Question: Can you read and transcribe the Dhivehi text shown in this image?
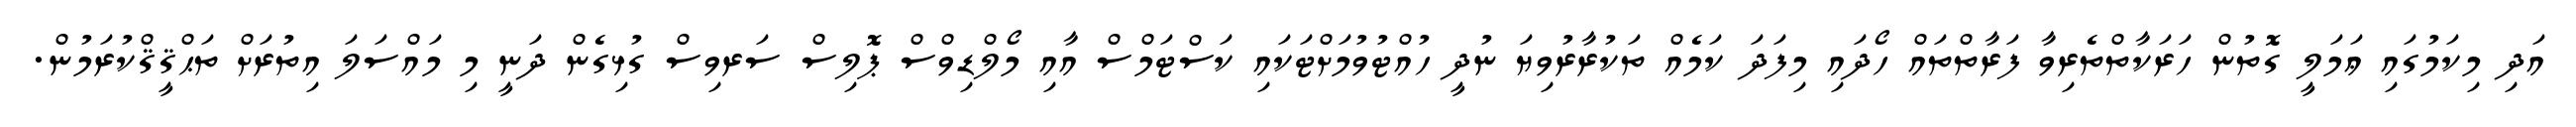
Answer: އަދި މިކަމުގައި ޢަމަލީ ގޮތުން ހަރަކާތްތެރިވާ ފަރާތްތައް ހޯދައި މިފަދަ ކަމެއް ތަކުރާރުވިޔަ ނުދީ ހުއްޓުވުމަށްޓަކައި ކަސްޓަމްސް އާއި މޯލްޑިވްސް ޕޮލިސް ސަރވިސް ގުޅިގެން ދަނީ މި މައްސަލަ އިތުރަށް ތަޙްޤީޤްކުރަމުން.